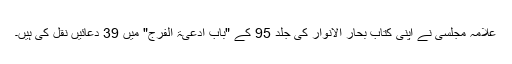
علامہ مجلسی نے اپنی کتاب بحار الانوار کی جلد 95 کے "باب ادعیۃ الفَرَج" میں 39 دعائیں نقل کی ہیں۔